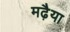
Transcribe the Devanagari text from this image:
मढ़ैया